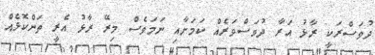
ދުވަސްރަކީ ރާޅު އަރާ ދުވަސްވަރެއް ކަމަށާއި ނަމަވެސް މިރޭ ރާޅު އެރީ ތަންކޮޅެއް